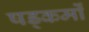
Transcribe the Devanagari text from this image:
षड्कर्मों